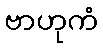
ဗာဟုကံ